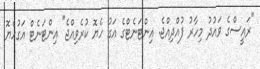
"ރައީސްގެ ވައުދު މިހާރު ފުއްދިއްޖެ. އިންޓަނެޓްގެ އަގު ހެޔޮ ކުރެެވިއްޖެ" އިންޓަނެޓް އަގުހެޔޮ